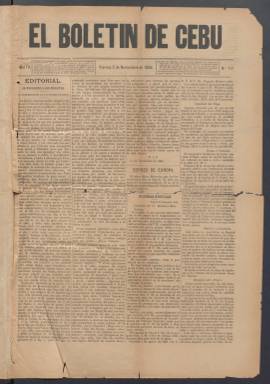
Título: El Boletín de Cebú
Colección: Periódicos
Ámbito geográfico: Filipinas
Lugar de publicación: Cebú (Filipinas)
Fechas: 02/11/1888-11/10/1896